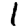
Digit: 1